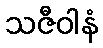
သဇီဝါနံ